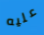
عليه